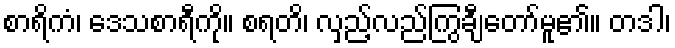
စာရိကံ၊ ဒေသစာရီကို။ စရတိ၊ လှည့်လည်ကြွချီတော်မူ၏။ တဒါ၊